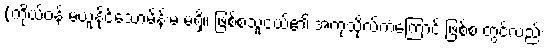
(ကိုယ်ဝန် မယူနိုင်သောမိန်းမ မရှိ။ ဖြစ်စသူငယ်၏ အကုသိုလ်ကံကြောင့် ဖြစ်စ တွင်လည်း